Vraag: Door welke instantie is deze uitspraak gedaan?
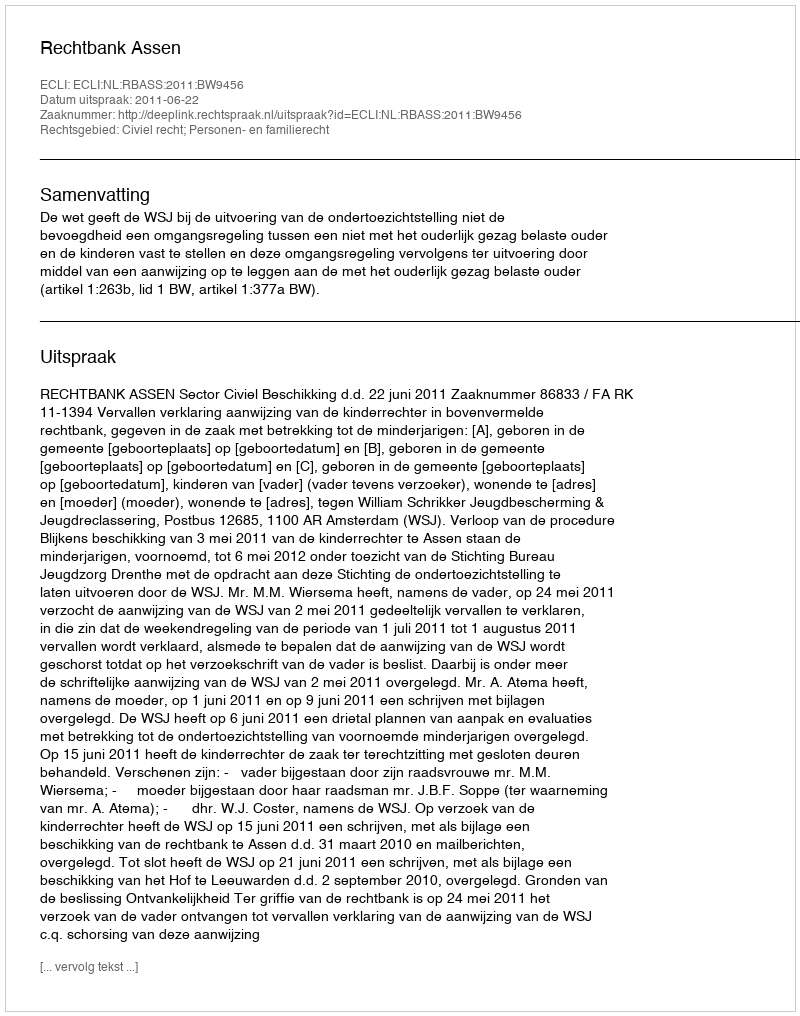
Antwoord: Rechtbank Assen